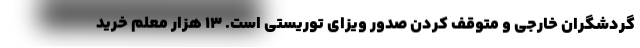
گردشگران خارجی و متوقف کردن صدور ویزای توریستی است. ۱۳ هزار معلم خرید